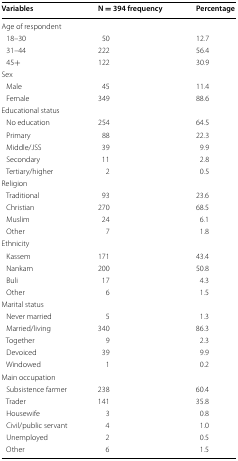
| Variables | N = 394 frequency | Percentage |
 | --- | --- | --- |
 | <COLSPAN=3> Age of respondent |
 | 18–30 | 50 | 12.7 |
 | 31–44 | 222 | 56.4 |
 | 45+ | 122 | 30.9 |
 | <COLSPAN=3> Sex |
 | Male | 45 | 11.4 |
 | Female | 349 | 88.6 |
 | <COLSPAN=3> Educational status |
 | No education | 254 | 64.5 |
 | Primary | 88 | 22.3 |
 | Middle/JSS | 39 | 9.9 |
 | Secondary | 11 | 2.8 |
 | Tertiary/higher | 2 | 0.5 |
 | <COLSPAN=3> Religion |
 | Traditional | 93 | 23.6 |
 | Christian | 270 | 68.5 |
 | Muslim | 24 | 6.1 |
 | Other | 7 | 1.8 |
 | <COLSPAN=3> Ethnicity |
 | Kassem | 171 | 43.4 |
 | Nankam | 200 | 50.8 |
 | Buli | 17 | 4.3 |
 | Other | 6 | 1.5 |
 | <COLSPAN=3> Marital status |
 | Never married | 5 | 1.3 |
 | Married/living | 340 | 86.3 |
 | Together | 9 | 2.3 |
 | Devoiced | 39 | 9.9 |
 | Windowed | 1 | 0.2 |
 | <COLSPAN=3> Main occupation |
 | Subsistence farmer | 238 | 60.4 |
 | Trader | 141 | 35.8 |
 | Housewife | 3 | 0.8 |
 | Civil/public servant | 4 | 1.0 |
 | Unemployed | 2 | 0.5 |
 | Other | 6 | 1.5 |